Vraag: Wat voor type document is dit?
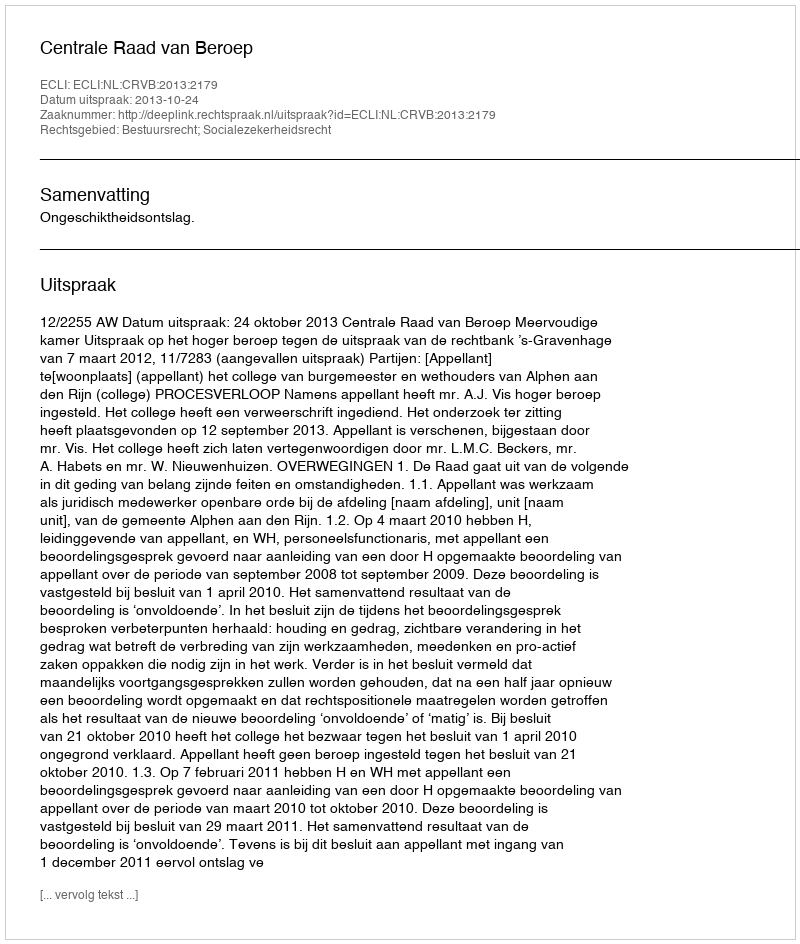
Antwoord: Uitspraak